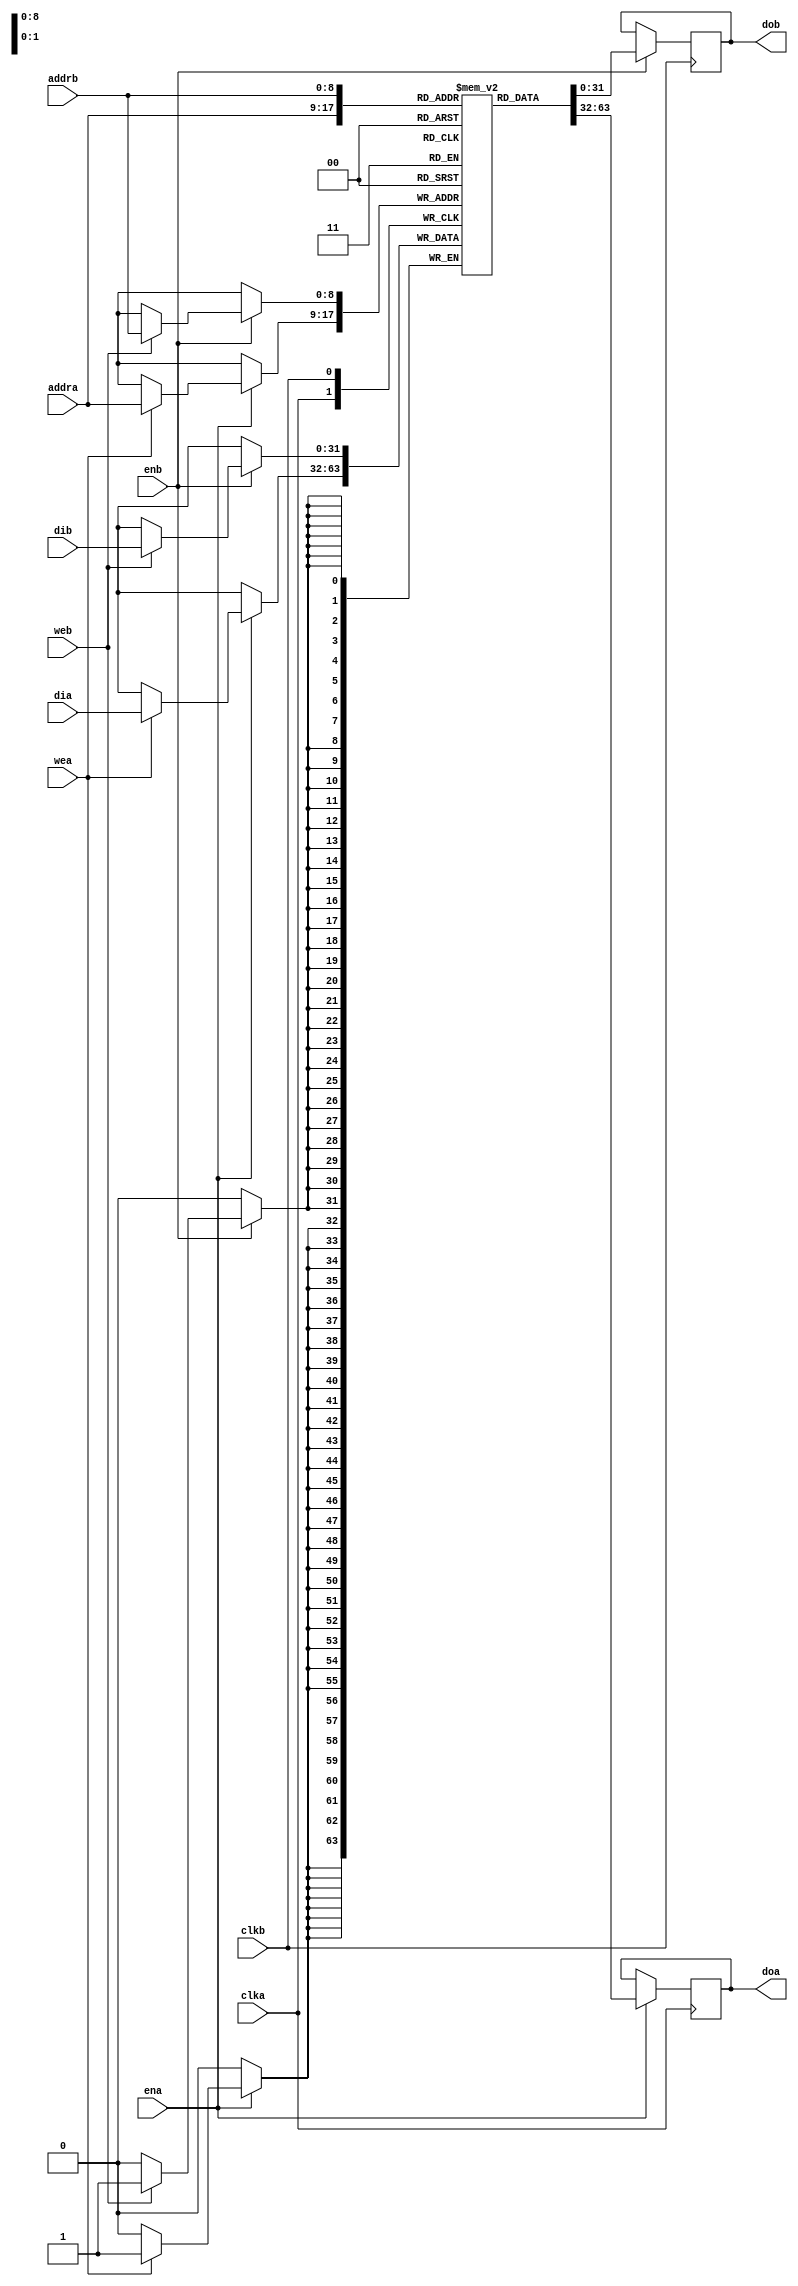
//
// Copyright 2011 Ettus Research LLC
// Copyright 2018 Ettus Research, a National Instruments Company
//
// SPDX-License-Identifier: LGPL-3.0-or-later
//
// Description
// This code implements a parameterizable true dual port memory 
// (both ports can read and write). If an enable is not necessary
// it may be tied off

module ram_2port #(
  parameter DWIDTH    = 32,           // Width of the memory block
  parameter AWIDTH    = 9,            // log2 of the depth of the memory block
  parameter RW_MODE   = "READ-FIRST", // Read-write mode {READ-FIRST, WRITE-FIRST, NO-CHANGE}
  parameter OUT_REG   = 0,            // Instantiate an output register? (+1 cycle of read latency)
  parameter INIT_FILE = ""            // Optionally initialize memory with this file
) (
  input  wire              clka,
  input  wire              ena,
  input  wire              wea,
  input  wire [AWIDTH-1:0] addra,
  input  wire [DWIDTH-1:0] dia,
  output wire [DWIDTH-1:0] doa,

  input  wire              clkb,
  input  wire              enb,
  input  wire              web,
  input  wire [AWIDTH-1:0] addrb,
  input  wire [DWIDTH-1:0] dib,
  output wire [DWIDTH-1:0] dob
);

  reg [DWIDTH-1:0] ram [(1<<AWIDTH)-1:0];

  // Initialize ram to a specified file or to all zeros to match hardware
  generate if (INIT_FILE != "") begin
    initial
      $readmemh(INIT_FILE, ram, 0, (1<<AWIDTH)-1);
  end else begin
    integer i;
    initial
      for (i = 0; i < (1<<AWIDTH); i = i + 1)
        ram[i] = {DWIDTH{1'b0}};
  end endgenerate

  reg [DWIDTH-1:0] doa_r = 'h0, dob_r = 'h0;
  generate if (OUT_REG == 1) begin
    // A 2 clock cycle read latency with improve clock-to-out timing
    reg [DWIDTH-1:0] doa_rr = 'h0, dob_rr = 'h0;

    always @(posedge clka)
      if (ena)
        doa_rr <= doa_r;

    always @(posedge clkb)
      if (enb)
        dob_rr <= dob_r;

    assign doa = doa_rr;
    assign dob = dob_rr;
  end else begin
    // A 1 clock cycle read latency at the cost of a longer clock-to-out timing
    assign doa = doa_r;
    assign dob = dob_r;
  end endgenerate

  generate if (RW_MODE == "READ-FIRST") begin
    // When data is written, the prior memory contents at the write
    // address are presented on the output port.
    always @(posedge clka) begin
      if (ena) begin
        if (wea)
          ram[addra] <= dia;
        doa_r <= ram[addra];
      end
    end
    always @(posedge clkb) begin
      if (enb) begin
        if (web)
          ram[addrb] <= dib;
        dob_r <= ram[addrb];
      end
    end

  end else if (RW_MODE == "WRITE-FIRST") begin
    // The data being written to the RAM also resides on the output port.
    always @(posedge clka) begin
      if (ena) begin
        if (wea) begin
          ram[addra] <= dia;
          doa_r <= dia;
        end else begin
          doa_r <= ram[addra];
        end
      end
    end
    always @(posedge clkb) begin
      if (enb) begin
        if (web) begin
          ram[addrb] <= dib;
          dob_r <= dib;
        end else begin
          dob_r <= ram[addrb];
        end
      end
    end

  end else begin
    // This is a no change RAM which retains the last read value on the output during writes
    // which is the most power efficient mode.
    always @(posedge clka) begin
      if (ena) begin
        if (wea)
          ram[addra] <= dia;
        else
          doa_r <= ram[addra];
      end
    end
    always @(posedge clkb) begin
      if (enb) begin
        if (web)
          ram[addrb] <= dib;
        else
          dob_r <= ram[addrb];
      end
    end

  end endgenerate

endmodule